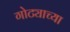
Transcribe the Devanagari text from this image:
गोट्याच्या